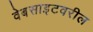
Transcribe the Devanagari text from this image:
वेबसाइटवरील